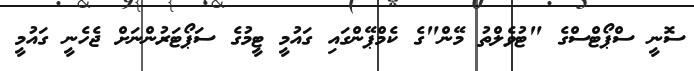
ސޮނީ ސްޕޯޓްސްގެ "ޓުވެލްތު މޭން"ގެ ކެމްޕޭންގައި ގައުމީ ޓީމުގެ ސަޕޯޓަރުންނަށް ޖެހެނީ ގައުމީ